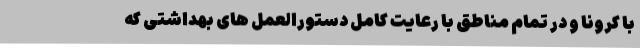
با کرونا و در تمام مناطق با رعایت کامل دستورالعمل های بهداشتی که